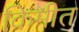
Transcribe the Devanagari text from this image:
किमीत